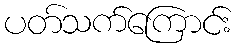
ပတ်သက်ကြောင်း